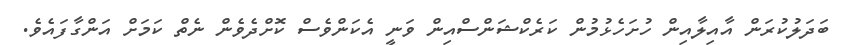
ބަދަލުކުރަން އާއިލާއިން ހުށަހެޅުމުން ކަރެކްޝަންސްއިން ވަނީ އެކަންވެސް ކޮށްދެވެން ނެތް ކަމަށް އަންގާފައެވެ.